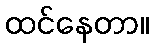
ထင်နေတာ။